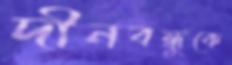
দীনবন্ধুকে